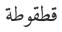
قطقوطة